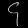
Digit: ၄